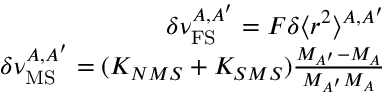
\begin{array} { r } { \delta \nu _ { \mathrm { F S } } ^ { A , A ^ { \prime } } = F \delta \langle r ^ { 2 } \rangle ^ { A , A ^ { \prime } } } \\ { \delta \nu _ { \mathrm { M S } } ^ { A , A ^ { \prime } } = ( K _ { N M S } + K _ { S M S } ) \frac { M _ { A ^ { \prime } } - M _ { A } } { M _ { A ^ { \prime } } M _ { A } } } \end{array}